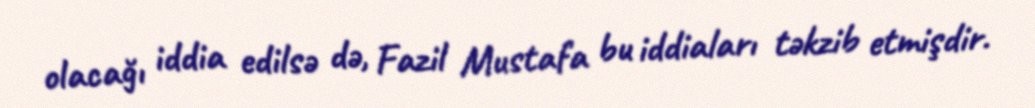
olacağı iddia edilsə də, Fazil Mustafa bu iddiaları təkzib etmişdir.